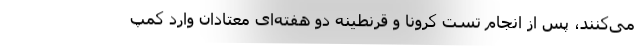
می‌کنند، پس از انجام تست کرونا و قرنطینه دو هفته‌ای معتادان وارد کمپ